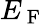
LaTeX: E_{\mathrm{~F~}}